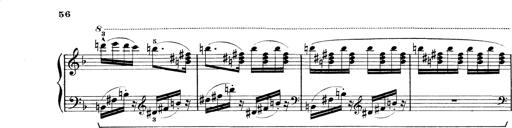
Title: Rapsodie: 19 ungheresi, 1 spagnuola
Composer: Franz Liszt